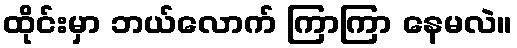
ထိုင်းမှာ ဘယ်လောက် ကြာကြာ နေမလဲ။